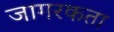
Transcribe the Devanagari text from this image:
जागरकता